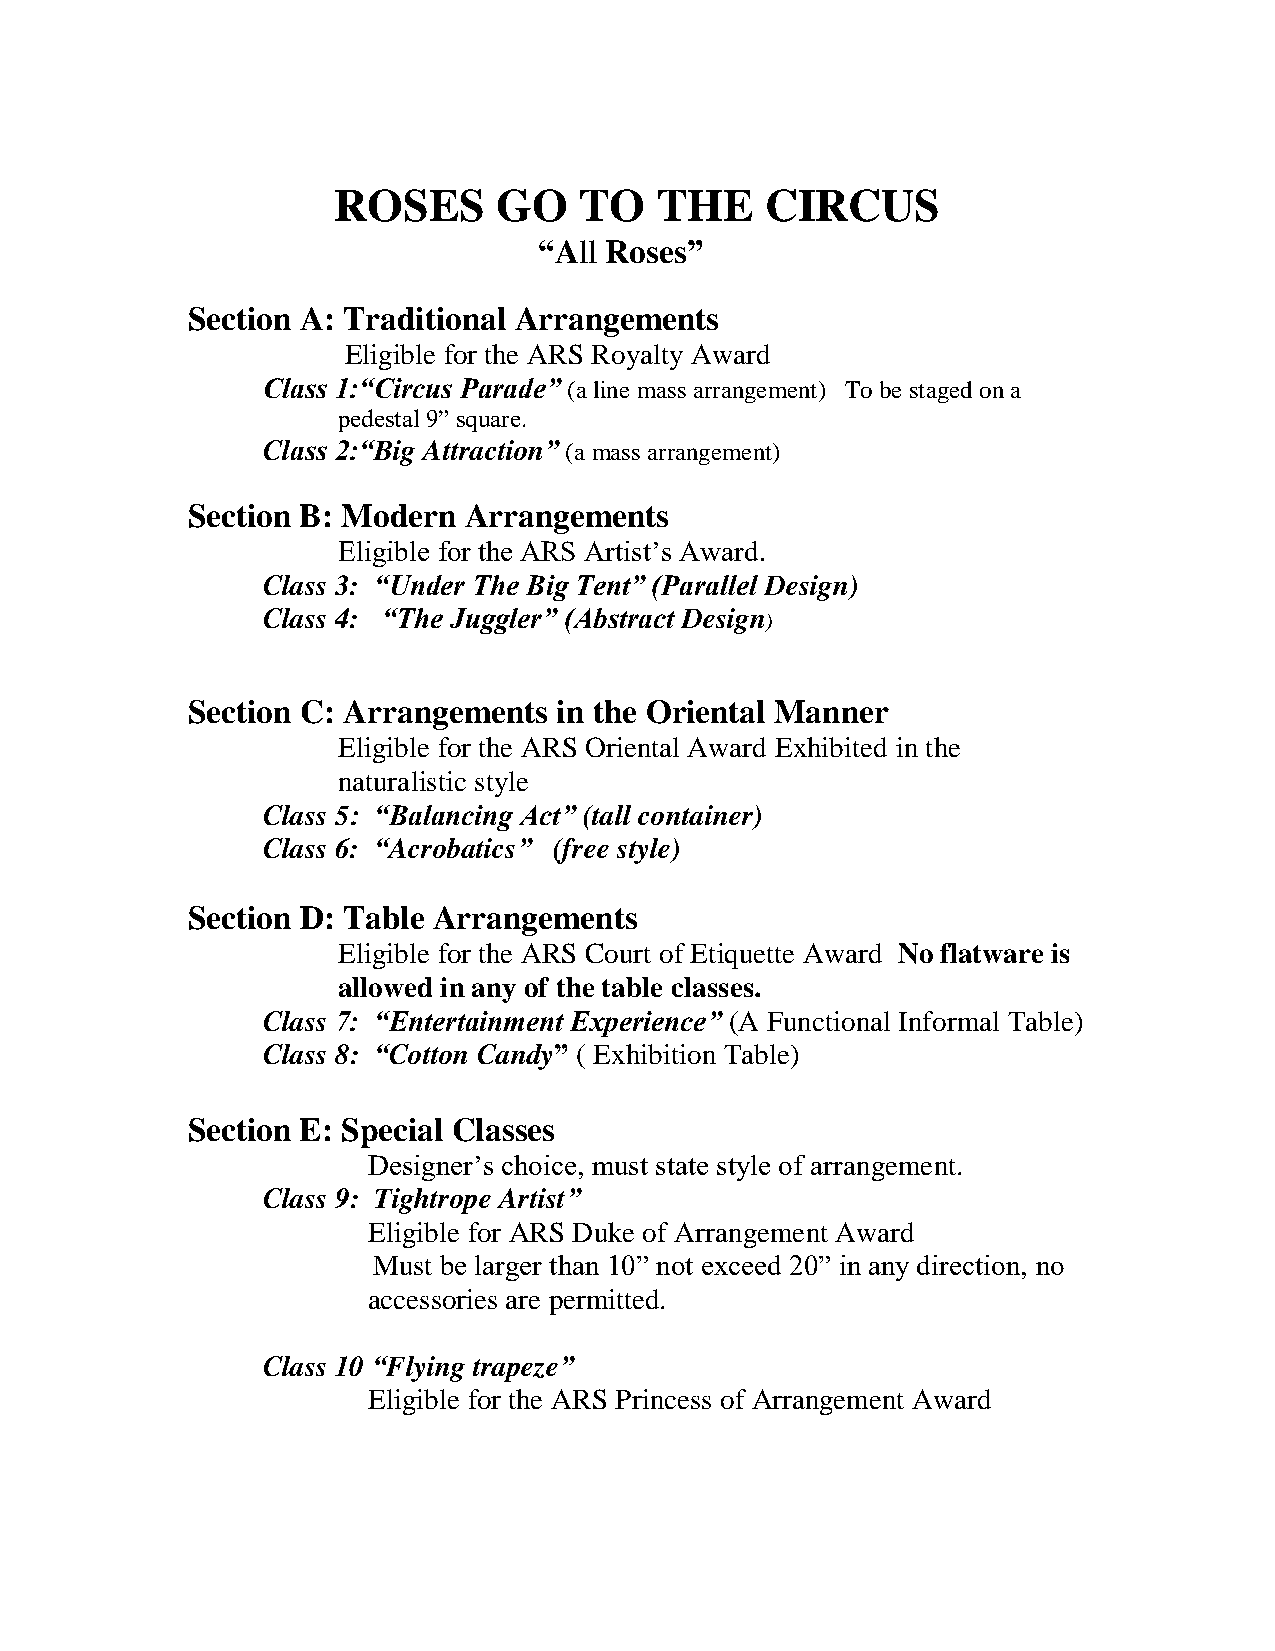
ROSES      GO   TO   THE     CIRCUS
 “All Roses”
 Section A: Traditional Arrangements
 Eligible for the ARS Royalty Award
 Class 1:“Circus Parade” (a line mass arrangement) To be staged on a
 pedestal 9” square.
 Class 2:“Big Attraction” (a mass arrangement)
 Section B: Modern  Arrangements
 Eligible for the ARS Artist’s Award.
 Class 3: “Under The Big Tent” (Parallel Design)
 Class 4: “The Juggler” (Abstract Design
 )
 Section C: Arrangements  in the Oriental Manner
 Eligible for the ARS Oriental Award Exhibited in the
 naturalistic style
 Class 5: “Balancing Act” (tall container)
 Class 6: “Acrobatics” (free style)
 Section D: Table Arrangements
 Eligible for the ARS Court of Etiquette Award No flatware is
 allowed in any of the table classes.
 Class 7: “Entertainment Experience” (A Functional Informal Table)
 Class 8: “Cotton Candy” ( Exhibition Table)
 Section E: Special Classes
 Designer’s choice, must state style of arrangement.
 Class 9: Tightrope Artist”
 Eligible for ARS Duke of Arrangement Award
 Must be larger than 10” not exceed 20” in any direction, no
 accessories are permitted.
 Class 10 “Flying trapeze”
 Eligible for the ARS Princess of Arrangement Award